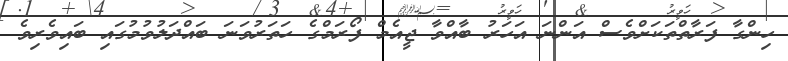
ހިންގާ ފަރާތްތަކަށްވެސް އަންނަ އަހަރު ބާއްވާ ޖީއެމް ފޯރަމްގެ ހަތަރުވަނަ ބައްދަލުވުމުގައި ބައިވެރިވެ